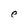
Character: e